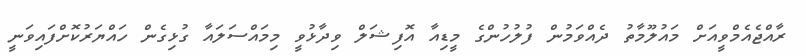
ރާއްޖެއެމްވީއަށް މައުލޫމާތު ދެއްވަމުން ފުލުހުންގެ މީޑިއާ އޮފިޝަލް ވިދާޅުވީ މިމައްސަލައާ ގުޅިގެން ހައްޔަރުކޮށްފައިވަނީ